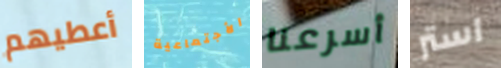
أعطيهم الأجتماعية أسرعنا استر